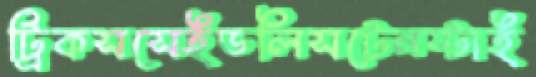
ট্রিকসসেইডলিসটেনস্টাই